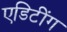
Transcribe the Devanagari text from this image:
एडिटींग